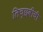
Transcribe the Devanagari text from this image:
लिच्छवीची